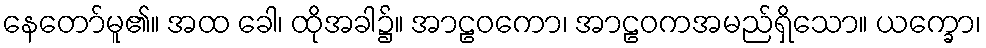
နေတော်မူ၏။ အထ ခေါ၊ ထိုအခါ၌။ အာဠဝကော၊ အာဠဝကအမည်ရှိသော။ ယက္ခော၊